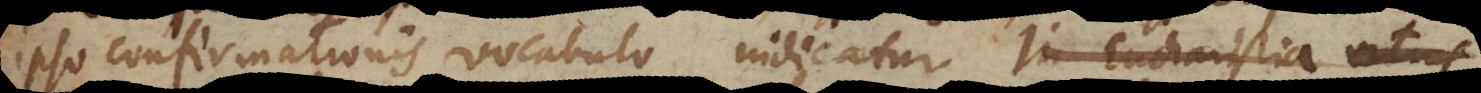
ipso Confirmationis vocabulo indicatur. In Eucharisti